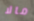
مالا